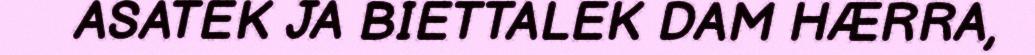
ASATEK JA BIETTALEK DAM HÆRRA,